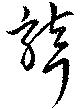
聾